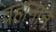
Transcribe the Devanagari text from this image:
वहानाने